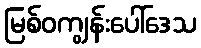
မြစ်ဝကျွန်းပေါ်ဒေသ